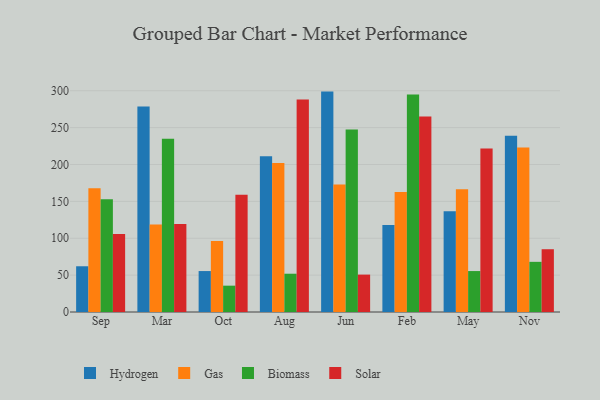
{"axis": {"x": "Month", "y": "Temperature (°C)"}, "legend": ["Biomass", "Gas", "Hydrogen", "Solar"], "data": [{"x": "Sep", "y": 62.0, "type": "Hydrogen"}, {"x": "Sep", "y": 167.9, "type": "Gas"}, {"x": "Sep", "y": 152.7, "type": "Biomass"}, {"x": "Sep", "y": 105.6, "type": "Solar"}, {"x": "Mar", "y": 278.5, "type": "Hydrogen"}, {"x": "Mar", "y": 118.5, "type": "Gas"}, {"x": "Mar", "y": 234.8, "type": "Biomass"}, {"x": "Mar", "y": 119.2, "type": "Solar"}, {"x": "Oct", "y": 55.5, "type": "Hydrogen"}, {"x": "Oct", "y": 96.2, "type": "Gas"}, {"x": "Oct", "y": 35.7, "type": "Biomass"}, {"x": "Oct", "y": 158.9, "type": "Solar"}, {"x": "Aug", "y": 211.0, "type": "Hydrogen"}, {"x": "Aug", "y": 202.1, "type": "Gas"}, {"x": "Aug", "y": 51.9, "type": "Biomass"}, {"x": "Aug", "y": 288.2, "type": "Solar"}, {"x": "Jun", "y": 298.8, "type": "Hydrogen"}, {"x": "Jun", "y": 173.0, "type": "Gas"}, {"x": "Jun", "y": 247.3, "type": "Biomass"}, {"x": "Jun", "y": 50.7, "type": "Solar"}, {"x": "Feb", "y": 118.1, "type": "Hydrogen"}, {"x": "Feb", "y": 162.8, "type": "Gas"}, {"x": "Feb", "y": 294.7, "type": "Biomass"}, {"x": "Feb", "y": 265.1, "type": "Solar"}, {"x": "May", "y": 136.5, "type": "Hydrogen"}, {"x": "May", "y": 166.3, "type": "Gas"}, {"x": "May", "y": 55.5, "type": "Biomass"}, {"x": "May", "y": 221.7, "type": "Solar"}, {"x": "Nov", "y": 238.8, "type": "Hydrogen"}, {"x": "Nov", "y": 223.0, "type": "Gas"}, {"x": "Nov", "y": 68.0, "type": "Biomass"}, {"x": "Nov", "y": 85.1, "type": "Solar"}]}